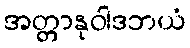
အတ္တာနုဝါဒဘယံ